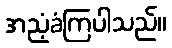
အညံ့ခံကြပါသည်။